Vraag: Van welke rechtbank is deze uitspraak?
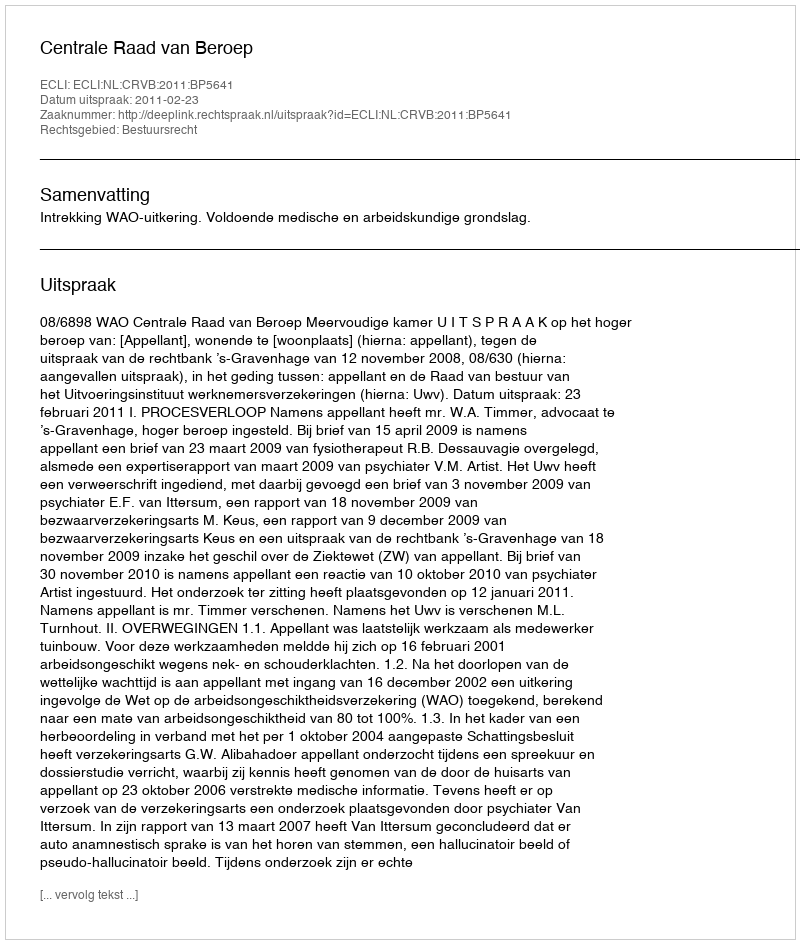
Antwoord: Centrale Raad van Beroep